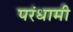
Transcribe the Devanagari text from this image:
परंधामी